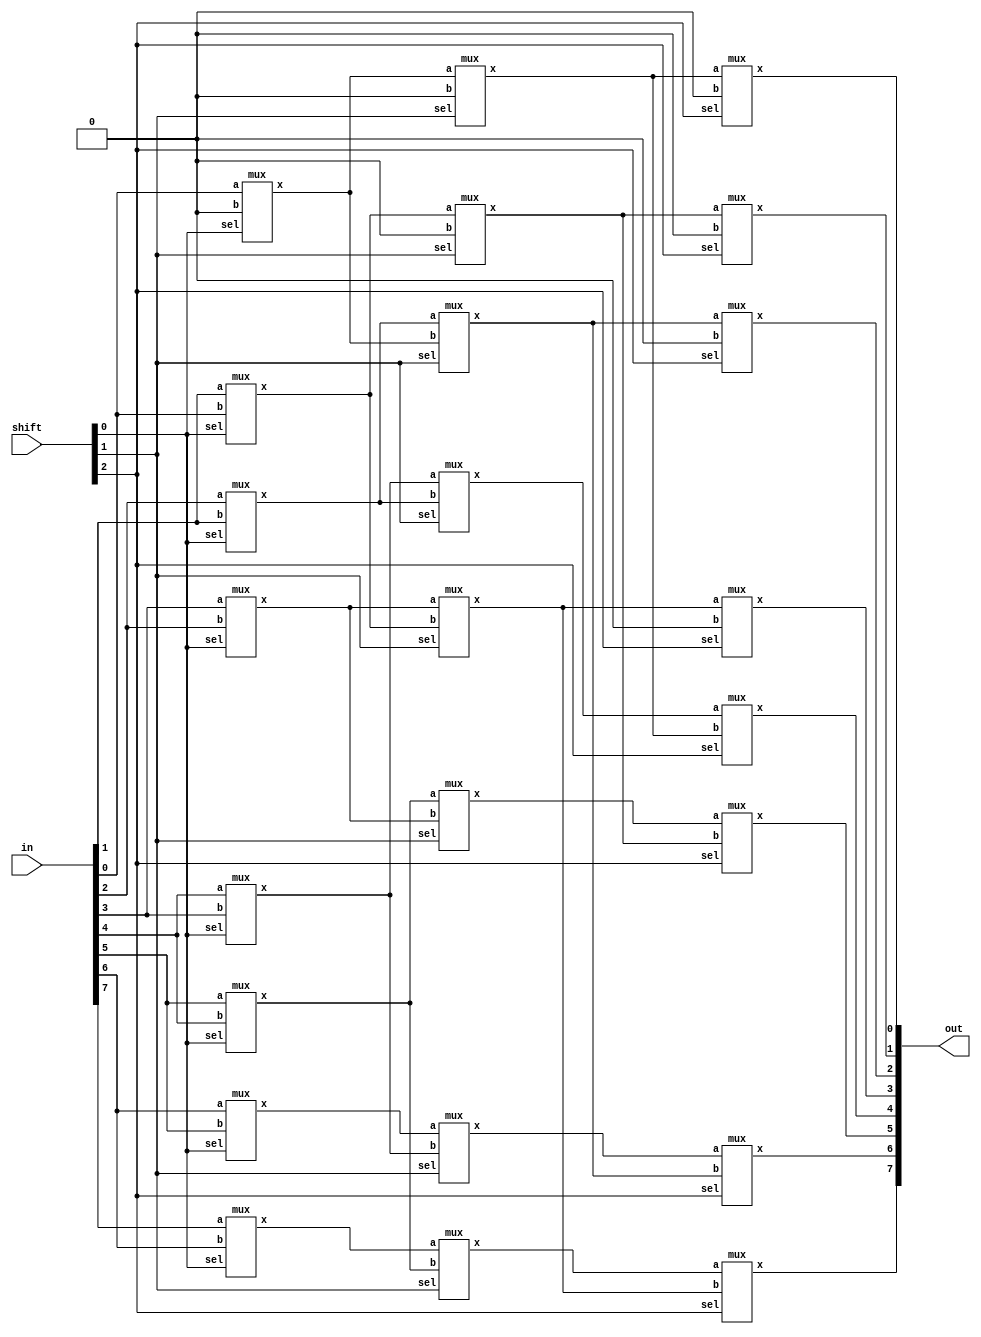
module barrel_shifter_gate(in, shift, out);
    input  [7:0] in;
    input  [2:0] shift;
    output [7:0] out;

    /*Write your code here*/
    wire L1[0:7], L2[0:7];

    genvar i;

    // level 1
    mux level1_1(L1[0], in[0], 1'b0, shift[0]);
    generate
        for (i = 1; i <= 7; i = i + 1) begin
            mux level1_2(L1[i], in[i], in[i-1], shift[0]);
        end
    endgenerate
    
    // level 2
    mux level2_1(L2[0], L1[0], 1'b0, shift[1]);
    mux level2_2(L2[1], L1[1], 1'b0, shift[1]);
    generate
        for (i = 2; i <= 7; i = i + 1) begin
            mux level2_3(L2[i], L1[i], L1[i-2], shift[1]);
        end
    endgenerate

    // level 3
    generate
        for (i = 0; i <= 3; i = i + 1) begin
            mux level2_3(out[i], L2[i], 1'b0, shift[2]);
        end
        for (i = 4; i <= 7; i = i + 1) begin
            mux level2_3(out[i], L2[i], L2[i-4], shift[2]);
        end
    endgenerate

    /*End of code*/
endmodule

// if sel == 1: x = b; else: x = a
module mux(x, a, b, sel);
    input 	a, b, sel;
    output 	x;
    wire sel_i, w1, w2;

    not #1 n0(sel_i, sel);
    and #1 a1(w1, a, sel_i);
    and #1 a2(w2, b, sel);
    or  #1 o1(x, w1, w2);
endmodule